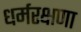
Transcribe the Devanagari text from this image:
धर्मरक्षणा